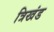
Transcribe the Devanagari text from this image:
त्रिखंड